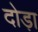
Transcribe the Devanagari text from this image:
दोड़ा